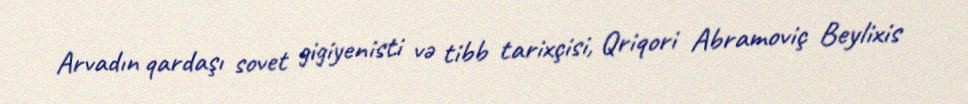
Arvadın qardaşı sovet gigiyenisti və tibb tarixçisi, Qriqori Abramoviç Beylixis